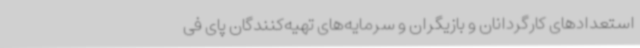
استعدادهای کارگردانان و بازیگران و سرمایه‌های تهیه‌کنندگان پای فی